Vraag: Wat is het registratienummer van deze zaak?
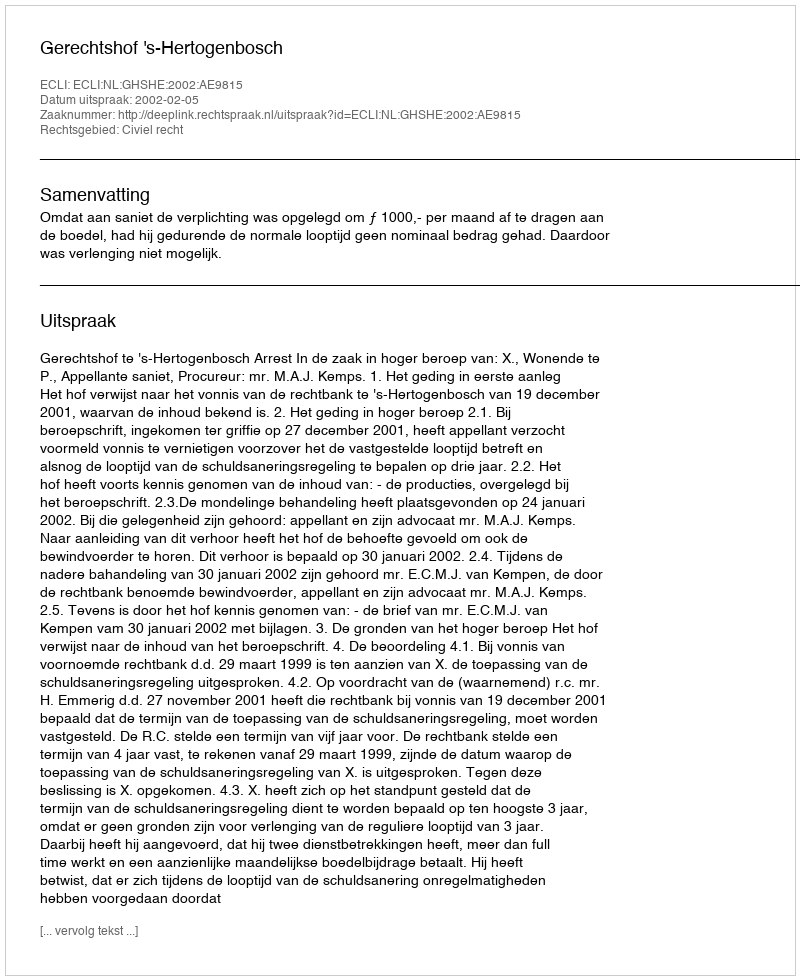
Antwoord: http://deeplink.rechtspraak.nl/uitspraak?id=ECLI:NL:GHSHE:2002:AE9815